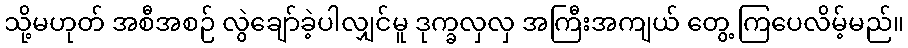
သို့မဟုတ် အစီအစဉ် လွဲချော်ခဲ့ပါလျှင်မူ ဒုက္ခလှလှ အကြီးအကျယ် တွေ့ ကြပေလိမ့်မည်။